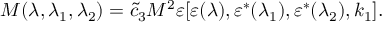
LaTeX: { \cal M } ( \lambda , \lambda _ { 1 } , \lambda _ { 2 } ) = \tilde { c } _ { 3 } M ^ { 2 } \varepsilon [ \varepsilon ( \lambda ) , \varepsilon ^ { * } ( \lambda _ { 1 } ) , \varepsilon ^ { * } ( \lambda _ { 2 } ) , k _ { 1 } ] .